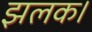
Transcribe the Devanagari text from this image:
झलक।